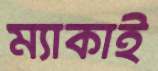
ম্যাকাই